Vaccination in Bombay 1863-1868 - 1863-1868
Year: 1863
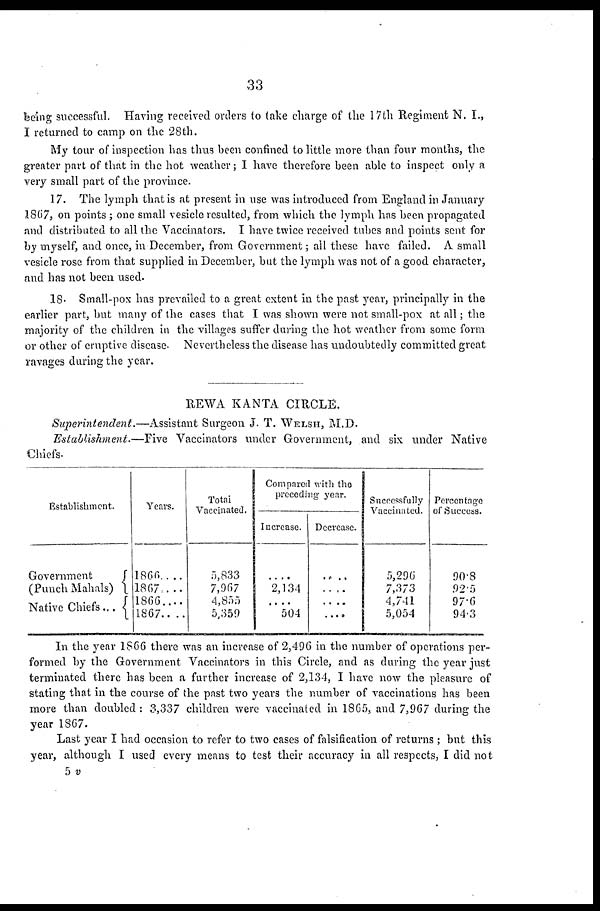
33
being successful. Having received orders to take charge of the 17th Regiment N. I.,
I returned to camp on the 28th.
My tour of inspection has thus been confined to little more than four months, the
greater part of that in the hot weather; I have therefore been able to inspect only a
very small part of the province.
17. The lymph that is at present in use was introduced from England in January
1867, on points ; one small vesicle resulted, from which the lymph has been propagated
and distributed to all the Vaccinators. I have twice received tubes and points sent for
by myself, and once, in December, from Government; all these have failed. A small
vesicle rose from that supplied in December, but the lymph was not of a good character,
and has not been used.
18. Small-pox has prevailed to a great extent in the past year, principally in the
earlier part, but many of the cases that I was shown were not small-pox at all; the
majority of the children in the villages suffer during the hot weather from some form
or other of eruptive disease. Nevertheless the disease has undoubtedly committed great
ravages during the year.
REWA KANTA CIRCLE.
Superintendent.—Assistant
Surgeon J. T. WELSH, M.D.
Establishment.—Five
Vaccinators under Government, and six under Native
Chiefs.
Establishment.
Government
(Punch Mahals)
Native Chiefs...
Years.
1866....
1867....
1866....
1867.. ..
Totai
Vaccinated.
5,833
7,967
4,855
5,359
Compared with the
preceding year.
Increase.
....
2,134
....
504
Decrease.
....
....
....
....
Successfully
Vaccinated.
5,296
7,373
4,741
5,054
Percentage
of Success.
90.8
92.5
97.6
94.3
In the year 1866 there was an increase of 2,496 in the number of operations per-
formed by the Government Vaccinators in this Circle, and as during the year just
terminated there has been a further increase of 2,134, I have now the pleasure of
stating that in the course of the past two years the number of vaccinations has been
more than doubled : 3,337 children were vaccinated in 1865, and 7,967 during the
year 1867.
Last year I had occasion to refer to two cases of falsification of returns ; but this
year, although I used every means to test their accuracy in all respects, I did not
5 v